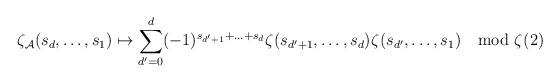
LaTeX: \begin{align*} \zeta_{\mathcal{A}}(s_{d},\ldots,s_{1}) \mapsto \sum_{d'=0}^{d}(-1)^{s_{d'+1}+\ldots+s_{d}}\zeta^{}(s_{d'+1},\ldots,s_{d})\zeta^{}(s_{d'},\ldots,s_{1}) \mod \zeta^{}(2) \end{align*}